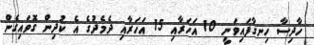
ހާދިސާ ހިނގާފައިވަނީ 10 އަހަރާއި 15 އަހަރާއި ދެމެދުގެ އެ ކުދިން ގޮވައިގެން